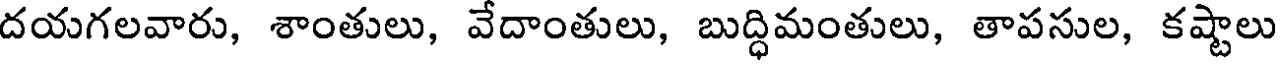
దయగలవారు, శాంతులు, వేదాంతులు, బుద్ధిమంతులు, తాపసుల, కష్టాలు